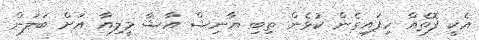
އެކީ ފޮތެއް ހިފައިގެން ކުޅެން ތިބި ޔާނިޝް އާޝާ މީލިއާ އަށް ބަލަން